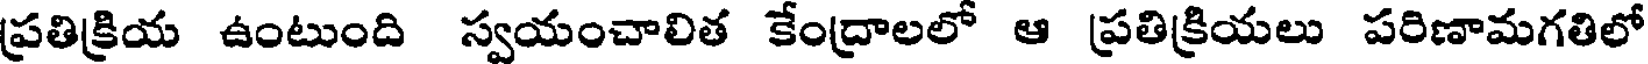
ప్రతిక్రియ ఉంటుంది స్వయంచాలిత కేంద్రాలలో ఆ ప్రతిక్రియలు పరిణామగతిలో